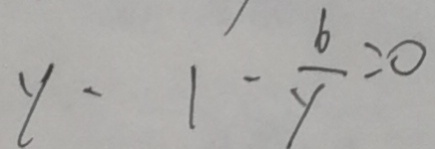
y \cdot 1 - \frac { 6 } { y } = 0